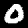
Digit: 0